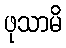
ဖုသာမိ